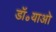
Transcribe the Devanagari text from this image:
डॉ॰याओ